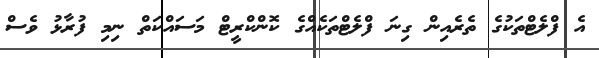
އެ ފްލެޓްތަކުގެ ތެރެއިން ގިނަ ފްލެޓްތަކެއްގެ ކޮންކްރީޓް މަސައްކަތް ނިމި ފުރާޅު ވެސް